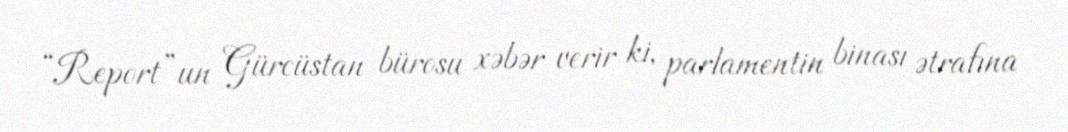
“Report”un Gürcüstan bürosu xəbər verir ki, parlamentin binası ətrafına